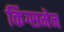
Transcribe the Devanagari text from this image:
किंग्समेन